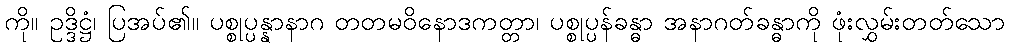
ကို။ ဥဒ္ဒိဋ္ဌံ၊ ပြအပ်၏။ ပစ္စုပ္ပန္နာနာဂ တတမဝိနောဒကတ္တာ၊ ပစ္စုပ္ပန်ခန္ဓာ အနာဂတ်ခန္ဓာကို ဖုံးလွှမ်းတတ်သော